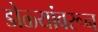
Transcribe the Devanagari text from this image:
डोळ्यांवरून